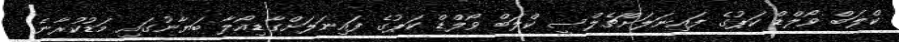
ކްލަބް ވޯލްޑް ކަޕުގެ ފައިނަލަށްޗެލްސީ ކްލަބް ވޯލްޑް ކަޕުގެ ފައިނަލަށްގާޑިއޯލާ ބަޔާނުގައި މަޑުކުރާނެ: